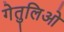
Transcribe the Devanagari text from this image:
गेतुलिओ